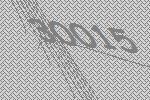
30015